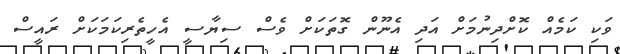
ވަކި ކަމެއް ކޮށްދިނުމަށް އަދި އެނޫން ގޮތަކަށް ވެސް ސިޔާސީ އެހީތެރިކަމަކަށް ރައީސް